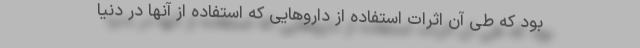
بود که طی آن اثرات استفاده از داروهایی که استفاده از آنها در دنیا